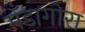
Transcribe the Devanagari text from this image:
मँडागोरा